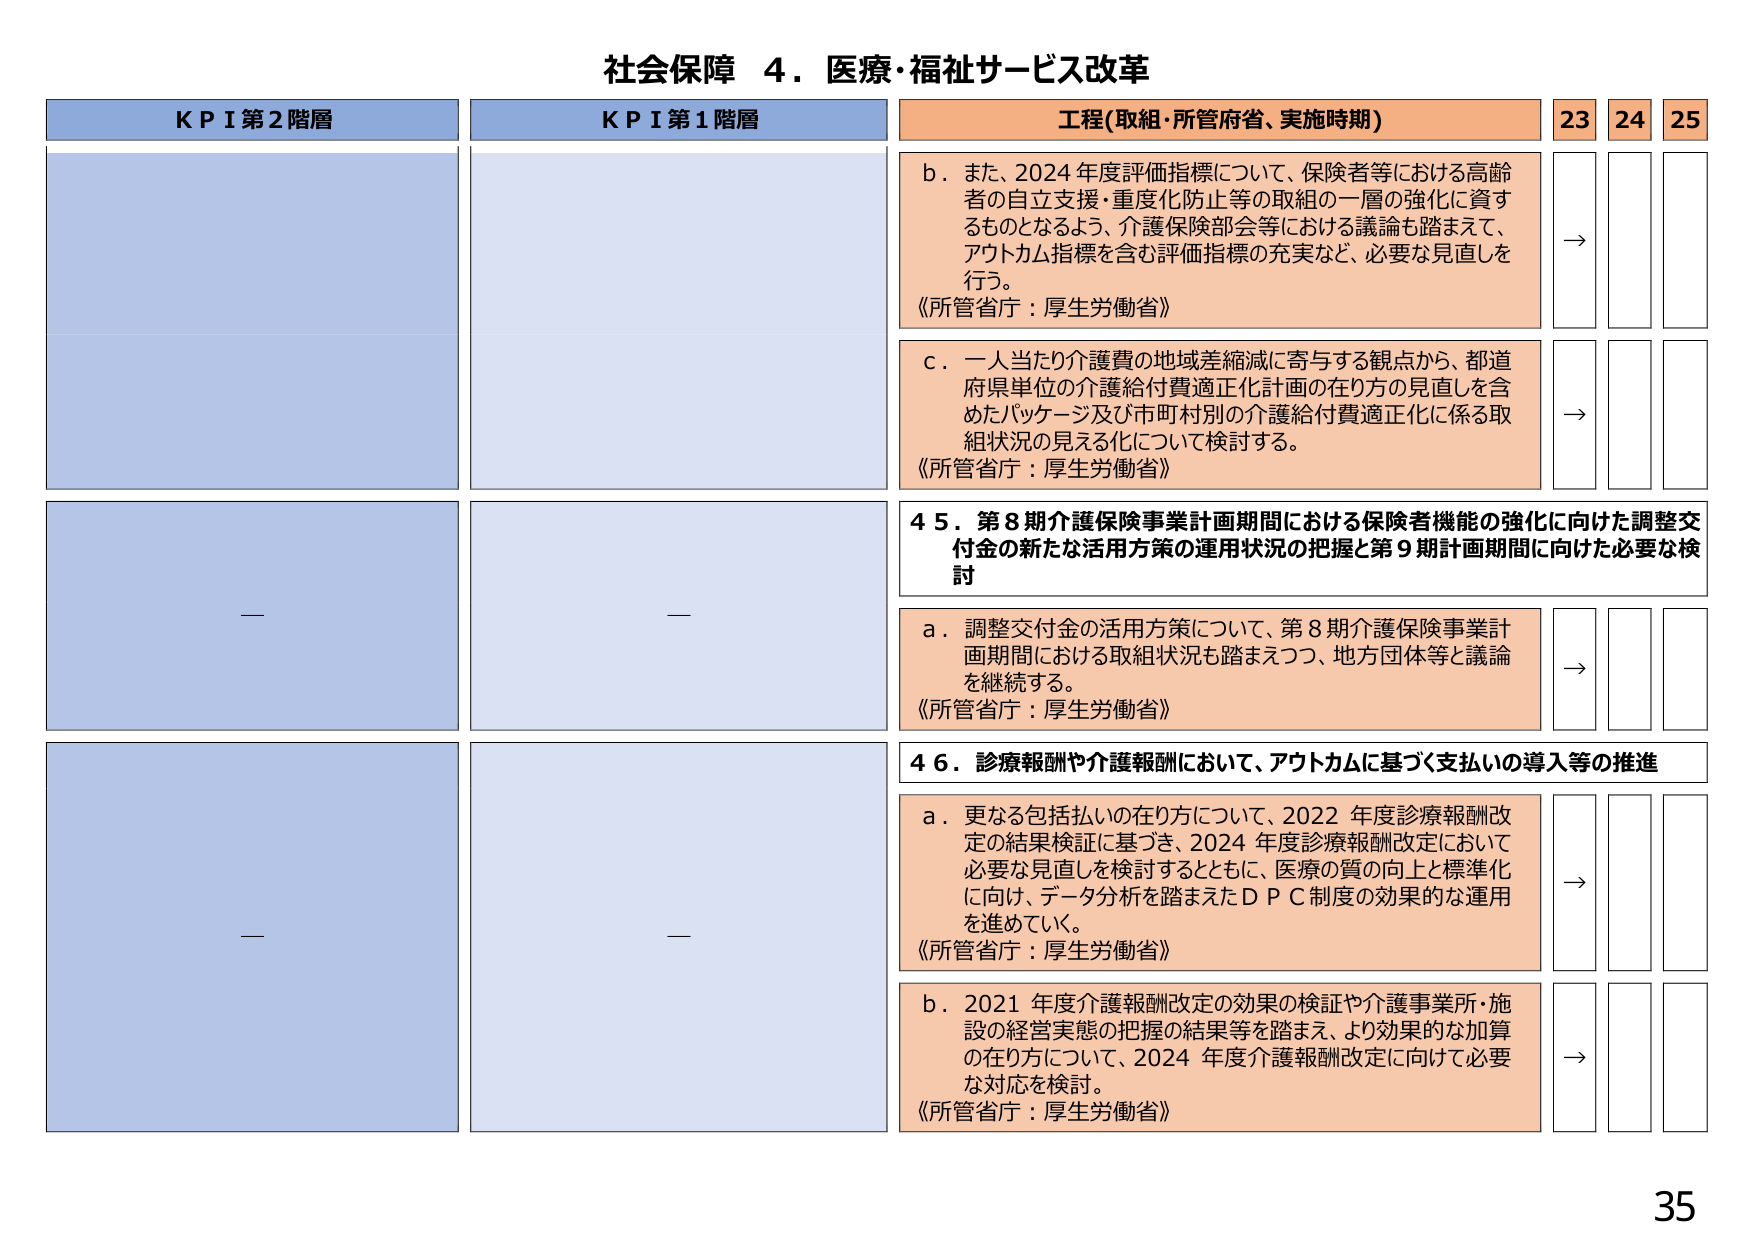
社会保障 ４．医療・福祉サービス改革

KPI第2階層
KPI第1階層
工程(取組・所管府省、実施時期)
23 24 25

b．また、2024年度評価指標について、保険者等における高齢者の自立支援・重度化防止等の取組の一層の強化に資するものとなるよう、介護保険部会等における議論も踏まえて、アウトカム指標を含む評価指標の充実など、必要な見直しを行う。
《所管省庁：厚生労働省》
→

c．一人当たり介護費の地域差縮減に寄与する観点から、都道府県単位の介護給付費適正化計画の在り方の見直しを含めたパッケージ及び市町村別の介護給付費適正化に係る取組状況の見える化について検討する。
《所管省庁：厚生労働省》
→

45．第8期介護保険事業計画期間における保険者機能の強化に向けた調整交付金の新たな活用方策の運用状況の把握と第9期計画期間に向けた必要な検討

a．調整交付金の活用方策について、第8期介護保険事業計画期間における取組状況も踏まえつつ、地方団体等と議論を継続する。
《所管省庁：厚生労働省》
→

46．診療報酬や介護報酬において、アウトカムに基づく支払いの導入等の推進

a．更なる包括払いの在り方について、2022年度診療報酬改定の結果検証に基づき、2024年度診療報酬改定において必要な見直しを検討するとともに、医療の質の向上と標準化に向け、データ分析を踏まえたＤＰＣ制度の効果的な運用を進めていく。
《所管省庁：厚生労働省》
→

b．2021年度介護報酬改定の効果の検証や介護事業所・施設の経営実態の把握の結果等を踏まえ、より効果的な加算の在り方について、2024年度介護報酬改定に向けて必要な対応を検討。
《所管省庁：厚生労働省》
→

35